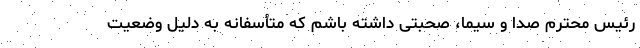
رئیس محترم صدا و سیما، صحبتی داشته باشم که متأسفانه به دلیل وضعیت